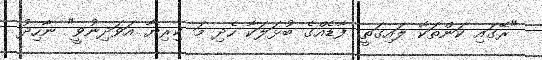
"ރޭގައި ކަންތަކާ ލައިގަތީ. ފާޑެއްގެ ބުޅަލަކާ ހެދި މަ ކިރިޔާ އަވަދިނުވީ" ނާހިދު